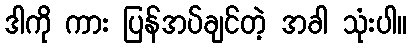
ဒါကို ကား ပြန်အပ်ချင်တဲ့ အခါ သုံးပါ။